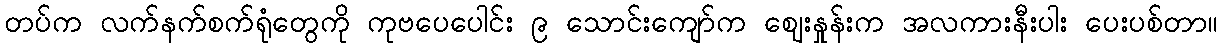
တပ်က လက်နက်စက်ရုံတွေကို ကုဗပေပေါင်း ၉ သောင်းကျော်က ဈေးနှုန်းက အလကားနီးပါး ပေးပစ်တာ။